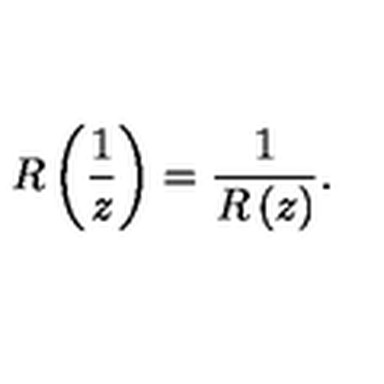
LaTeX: R \left( \frac { 1 } { z } \right) = \frac { 1 } { R \left( z \right) } .